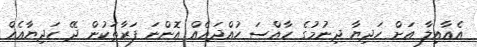
އެއާއިލާ އަށް ހަދިޔާ ދިނުމުގެ ހާއްސަ ހުއްދައެއް އޮންނަ ފަރާތަކުން ދޭ ހަދިޔާއެއް